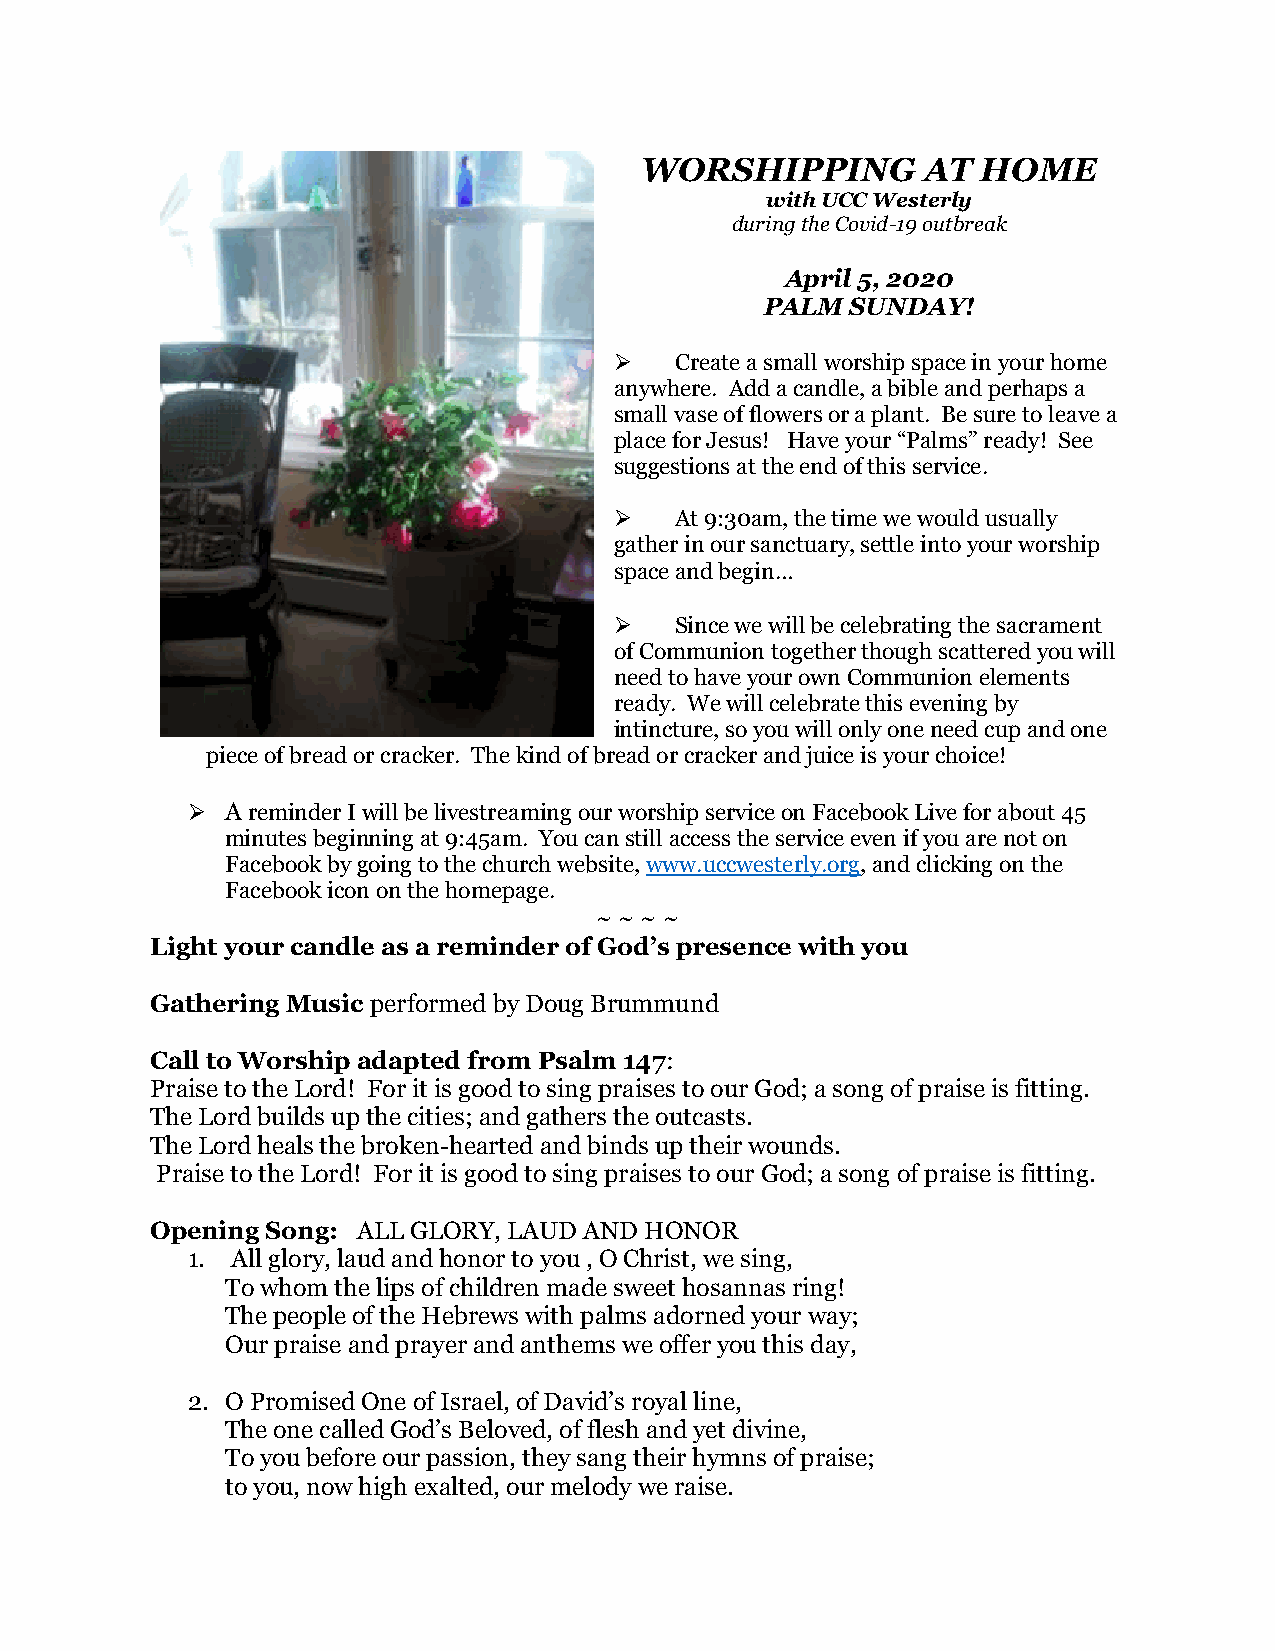
WORSHIPPING        AT  HOME
 with UCC Westerly
 during the Covid-19 outbreak
 April 5, 2020
 PALM SUNDAY!
 ➢   Create a small worship space in your home
 anywhere. Add a candle, a bible and perhaps a
 small vase of flowers or a plant. Be sure to leave a
 place for Jesus! Have your “Palms” ready! See
 suggestions at the end of this service.
 ➢   At 9:30am, the time we would usually
 gather in our sanctuary, settle into your worship
 space and begin…
 ➢   Since we will be celebrating the sacrament
 of Communion together though scattered you will
 need to have your own Communion elements
 ready. We will celebrate this evening by
 intincture, so you will only one need cup and one
 piece of bread or cracker. The kind of bread or cracker and juice is your choice!
 ➢  A reminder I will be livestreaming our worship service on Facebook Live for about 45
 minutes beginning at 9:45am. You can still access the service even if you are not on
 Facebook by going to the church website, www.uccwesterly.org, and clicking on the
 Facebook icon on the homepage.
 ~ ~ ~ ~
 Light your candle as a reminder of God’s presence with you
 Gathering Music performed by Doug Brummund
 Call to Worship adapted from Psalm 147:
 Praise to the Lord! For it is good to sing praises to our God; a song of praise is fitting.
 The Lord builds up the cities; and gathers the outcasts.
 The Lord heals the broken-hearted and binds up their wounds.
 Praise to the Lord! For it is good to sing praises to our God; a song of praise is fitting.
 Opening Song: ALL GLORY, LAUD AND HONOR
 1. All glory, laud and honor to you , O Christ, we sing,
 To whom the lips of children made sweet hosannas ring!
 The people of the Hebrews with palms adorned your way;
 Our praise and prayer and anthems we offer you this day,
 2. O Promised One of Israel, of David’s royal line,
 The one called God’s Beloved, of flesh and yet divine,
 To you before our passion, they sang their hymns of praise;
 to you, now high exalted, our melody we raise.